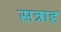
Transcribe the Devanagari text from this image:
सत्राह